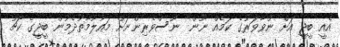
އެއީ ބީޖީ އަށް ނުވާވަރުގެ ކަމެއް ނޫން" ނޫސްވެރިންނަށް މައުލޫމާތުދެމުން ބީޖީގެ ކޯޗު